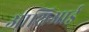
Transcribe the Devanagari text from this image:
आशिआई